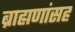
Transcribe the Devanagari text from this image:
ब्राह्मणांसह